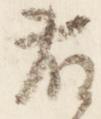
藤